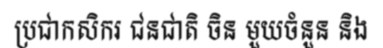
ប្រជាកសិករ ជនជាតិ ចិន មួយចំនួន និង